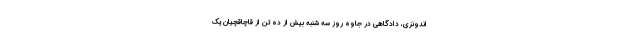
اندونزی، دادگاهی در جاوه روز سه شنبه بیش از ده تن از قاچاقچیان یک